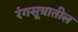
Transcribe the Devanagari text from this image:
रंगसूत्रातील